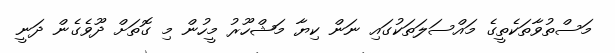
މަސްތުވާތަކެތީގެ މައްސަލަތަކުގައި ނަން ކިޔާ މަޝްހޫރު މީހުން މި ގޮތަށް ދޫވެގެން ދަނީ